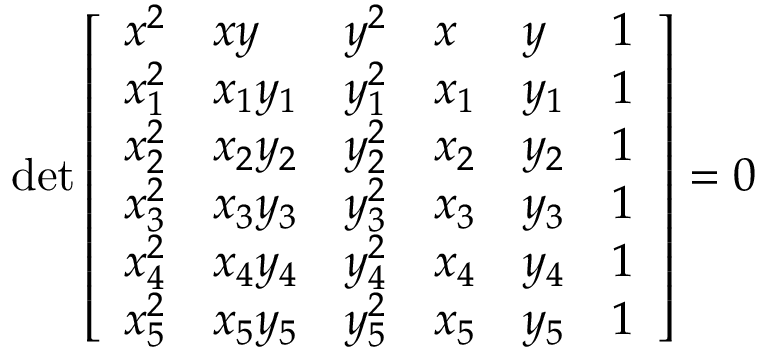
\operatorname* { d e t } { \left[ \begin{array} { l l l l l l } { x ^ { 2 } } & { x y } & { y ^ { 2 } } & { x } & { y } & { 1 } \\ { x _ { 1 } ^ { 2 } } & { x _ { 1 } y _ { 1 } } & { y _ { 1 } ^ { 2 } } & { x _ { 1 } } & { y _ { 1 } } & { 1 } \\ { x _ { 2 } ^ { 2 } } & { x _ { 2 } y _ { 2 } } & { y _ { 2 } ^ { 2 } } & { x _ { 2 } } & { y _ { 2 } } & { 1 } \\ { x _ { 3 } ^ { 2 } } & { x _ { 3 } y _ { 3 } } & { y _ { 3 } ^ { 2 } } & { x _ { 3 } } & { y _ { 3 } } & { 1 } \\ { x _ { 4 } ^ { 2 } } & { x _ { 4 } y _ { 4 } } & { y _ { 4 } ^ { 2 } } & { x _ { 4 } } & { y _ { 4 } } & { 1 } \\ { x _ { 5 } ^ { 2 } } & { x _ { 5 } y _ { 5 } } & { y _ { 5 } ^ { 2 } } & { x _ { 5 } } & { y _ { 5 } } & { 1 } \end{array} \right] } = 0